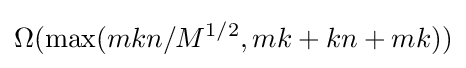
\Omega (\max(mkn/M^{1/2},mk+kn+mk))